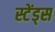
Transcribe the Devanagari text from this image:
स्टेंड्स